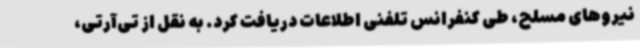
نیروهای مسلح، طی کنفرانس تلفنی اطلاعات دریافت کرد. به نقل از تی‌آرتی،